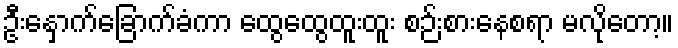
ဦးနှောက်ခြောက်ခံကာ ထွေထွေထူးထူး စဉ်းစားနေစရာ မလိုတော့။